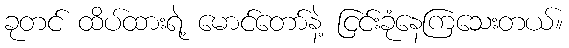
ခုတင် ထိပ်ထားရဲ့ မောင်တော်နဲ့ ငြင်းခုံနေကြသေးတယ်။